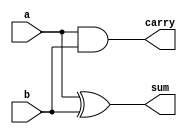
module halfadder(a,b,sum,carry);

input a,b;
output sum,carry;

assign sum=a^b;

assign carry =a&b;

endmodule

module halfadder_tb;

reg a,b;
wire sum,carry;

halfadder ha(a,b,sum,carry);

initial 

begin 

a=0; b=0; #10

a=0; b=1; #10

a=1; b=0; #10

a=1; b=1; 

end 
endmodule